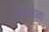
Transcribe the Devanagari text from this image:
नकाजावा